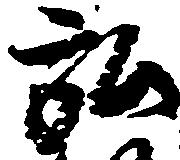
弘